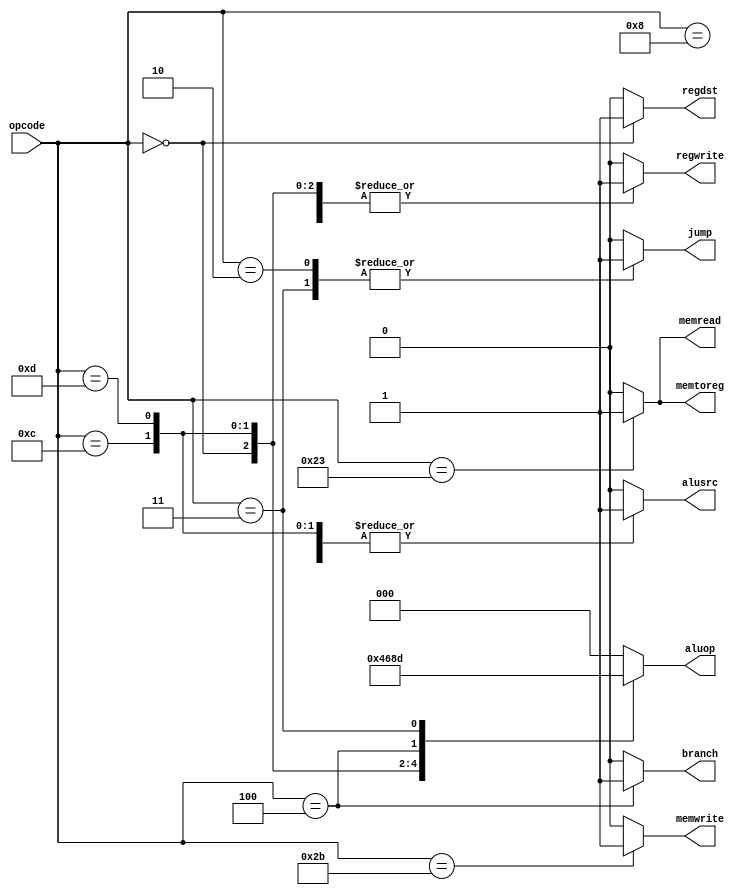
`timescale 1ns / 1ps
//////////////////////////////////////////////////////////////////////////////////
// Company: 
// Engineer: 
// 
// Design Name: 
// Module Name: ctr
// Project Name: 
// Target Devices: 
// Tool Versions: 
// Description: 
// 
// Dependencies: 
// 
// Revision:
// Revision 0.01 - File Created
// Additional Comments:
// 
//////////////////////////////////////////////////////////////////////////////////


module ctr(
    input [5:0] opcode,
    output [2:0] aluop,
    output branch,
    output jump,
    output alusrc,
    output memwrite,
    output regwrite,
    output memtoreg,
    output memread,
    output regdst
    );
    
    reg [2:0] ALUOp;
    reg Branch;
    reg Jump;
    reg ALUSrc;
    reg MemWrite;
    reg RegWrite;
    reg MemToReg;
    reg MemRead;
    reg RegDst;
    
         
  assign    aluop=   ALUOp ;    
  assign   branch=  Branch;               
  assign   jump=  Jump;                 
  assign   alusrc= ALUSrc;               
  assign   memwrite=MemWrite;             
  assign   regwrite=RegWrite;             
  assign   memread=MemRead;
  assign   memtoreg=MemToReg;              
  assign   regdst  = RegDst;               
            
            
    
    
    always@(opcode)
        begin
            case(opcode)
            6'b000000://R
            begin
                RegDst=1;
                ALUSrc=0;
                MemToReg=0;
                RegWrite=1;
                MemRead=0;
                MemWrite=0;
                Branch=0;
                ALUOp=3'b100;
                Jump=0;
            end
            
            
            6'b001000 ://addi
            begin
                RegDst=0;
                ALUSrc=1;
                MemToReg=0;
                RegWrite=1;
                MemRead=0;
                MemWrite=0;
                Branch=0;
                ALUOp=3'b000;
                Jump=0;
            end
            
             6'b001100 ://andi
            begin
                RegDst=0;
                ALUSrc=1;
                MemToReg=0;
                RegWrite=1;
                MemRead=0;
                MemWrite=0;
                Branch=0;
                ALUOp=3'b011;
                Jump=0;
            end
            
            6'b001101: //ori
             begin
                RegDst=0;
                ALUSrc=1;
                MemToReg=0;
                RegWrite=1;
                MemRead=0;
                MemWrite=0;
                Branch=0;
                ALUOp=3'b010;
                Jump=0;
            end
            
            
            
            
            6'b100011://lw
            begin
                RegDst=0;
                ALUSrc=1;
                MemToReg=1;
                RegWrite=1;
                MemRead=1;
                MemWrite=0;
                Branch=0;
                ALUOp=3'b000;
                Jump=0;
            end    
    
            6'b101011://sw
            begin
                RegDst=0;
                ALUSrc=1;
                MemToReg=0;
                RegWrite=0;
                MemRead=0;
                MemWrite=1;
                Branch=0;
                ALUOp=3'b000;
                Jump=0;
            end    
    
            6'b000100://beq
            begin
                RegDst=0;
                ALUSrc=0;
                MemToReg=0;
                RegWrite=0;
                MemRead=0;
                MemWrite=0;
                Branch=1;
                ALUOp=3'b001;
                Jump=0;
            end    
    
            6'b000010://jump
            begin
                RegDst=0;
                ALUSrc=0;
                MemToReg=0;
                RegWrite=0;
                MemRead=0;
                MemWrite=0;
                Branch=0;
                ALUOp=3'b000;
                Jump=1;
            end    
            
          
             6'b000011://jal
            begin
                RegDst=0;
                ALUSrc=0;
                MemToReg=0;
                RegWrite=1;
                MemRead=0;
                MemWrite=0;
                Branch=0;
                ALUOp=3'b101;
                Jump=1;
            end    
            
            
            default:
            begin
                RegDst=0;
                ALUSrc=0;
                MemToReg=0;
                RegWrite=0;
                MemRead=0;
                MemWrite=0;
                Branch=0;
                ALUOp=3'b000;
                Jump=0;
            end    
          endcase
  end
  endmodule